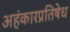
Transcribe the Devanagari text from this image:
अहंकारप्रतिषेध